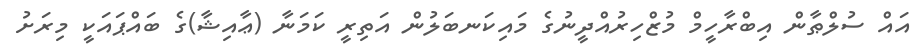
އައް ސުލްޠާން އިބްރާހީމް މުޒްހިރުއްދީނުގެ މައިކަނބަލުން އަތިރީ ކަމަނާ (ޢާއިޝާ)ގެ ބައްޕައަކީ މިރަށު